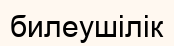
билеушілік